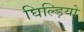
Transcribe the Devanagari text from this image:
घिल्ड़ियो